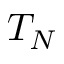
T _ { N }